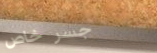
جسر خاص